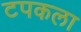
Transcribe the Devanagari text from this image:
टपकला